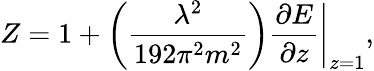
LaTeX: Z=1+\left(\frac{\lambda^{2}}{192\pi^{2}m^{2}}\right)\left.\frac{\partial E}{\partial z}\right|_{z=1},